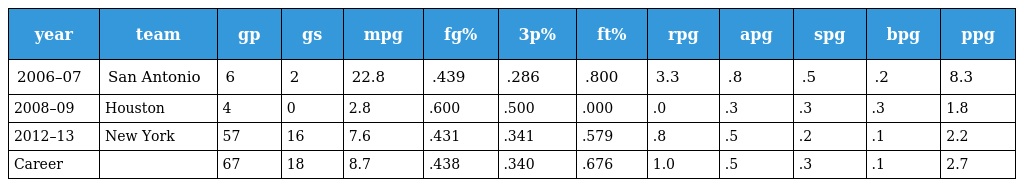
| year | team | gp | gs | mpg | fg% | 3p% | ft% | rpg | apg | spg | bpg | ppg |
 | --- | --- | --- | --- | --- | --- | --- | --- | --- | --- | --- | --- | --- |
 | 2006–07 | San Antonio | 6 | 2 | 22.8 | .439 | .286 | .800 | 3.3 | .8 | .5 | .2 | 8.3 |
 | 2008–09 | Houston | 4 | 0 | 2.8 | .600 | .500 | .000 | .0 | .3 | .3 | .3 | 1.8 |
 | 2012–13 | New York | 57 | 16 | 7.6 | .431 | .341 | .579 | .8 | .5 | .2 | .1 | 2.2 |
 | Career |  | 67 | 18 | 8.7 | .438 | .340 | .676 | 1.0 | .5 | .3 | .1 | 2.7 |